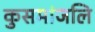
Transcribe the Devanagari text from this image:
कुसमांजलि